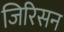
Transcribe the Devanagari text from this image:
जिरिसन